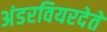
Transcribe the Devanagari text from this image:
अंडरवियरदेते